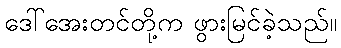
ဒေါ်အေးတင်တို့က ဖွားမြင်ခဲ့သည်။